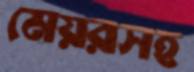
মেয়রসহ